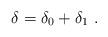
LaTeX: \begin{align*}\delta = \delta_0 + \delta_1 \ .\end{align*}